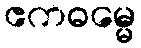
ဧကဓမ္မေ